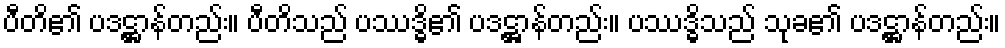
ပီတိ၏ ပဒဋ္ဌာန်တည်း။ ပီတိသည် ပဿဒ္ဓိ၏ ပဒဋ္ဌာန်တည်း။ ပဿဒ္ဓိသည် သုခ၏ ပဒဋ္ဌာန်တည်း။